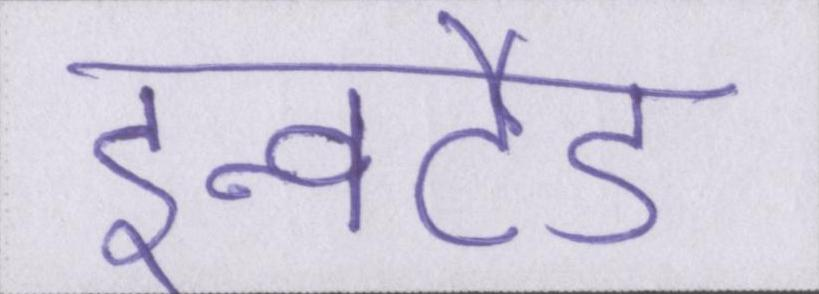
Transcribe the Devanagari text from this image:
इन्वर्टेड